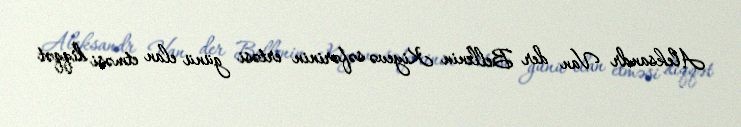
Aleksandr Van der Bellenin Kiyevə səfərinin ertəsi günü elan etməsi diqqət